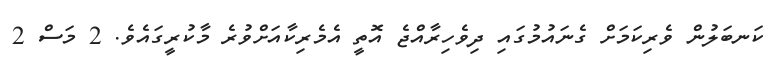
ކަނބަލުން ވެރިކަމަށް ގެނައުމުގައި ދިވެހިރާއްޖެ އޮތީ އެމެރިކާއަށްވުރެ މާކުރީގައެވެ. 2 މަސް 2